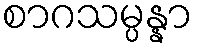
စာဂသမ္ပန္နာ